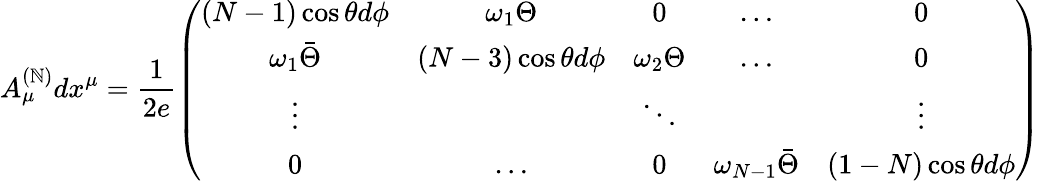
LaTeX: A_{\mu}^{(\mathbb{N})}dx^{\mu}=\frac{{1}}{{2e}}\left(\begin{array}{ccccc}{{(N-1)\cos\theta d\phi}}&{{\omega_{1}\Theta}}&{{0}}&{{\ldots}}&{{0}}\\ {{\omega_{1}\bar{\Theta}}}&{{(N-3)\cos\theta d\phi}}&{{\omega_{2}\Theta}}&{{\ldots}}&{{0}}\\ {{\vdots}}&{{}}&{{\ddots}}&{{}}&{{\vdots}}\\ {{0}}&{{\ldots}}&{{0}}&{{\omega_{N-1}\bar{\Theta}}}&{{(1-N)\cos\theta d\phi}}\end{array}\right)